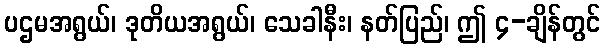
ပဌမအရွယ်၊ ဒုတိယအရွယ်၊ သေခါနီး၊ နတ်ပြည်၊ ဤ ၄-ချိန်တွင်